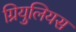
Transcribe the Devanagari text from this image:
ग्रियुलियस